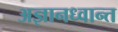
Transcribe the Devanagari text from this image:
अज्ञानध्वान्त